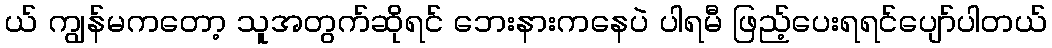
ယ် ကျွန်မကတော့ သူအတွက်ဆိုရင် ဘေးနားကနေပဲ ပါရမီ ဖြည့်ပေးရရင်ပျော်ပါတယ်